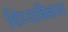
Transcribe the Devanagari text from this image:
थिय्याबिल्लास